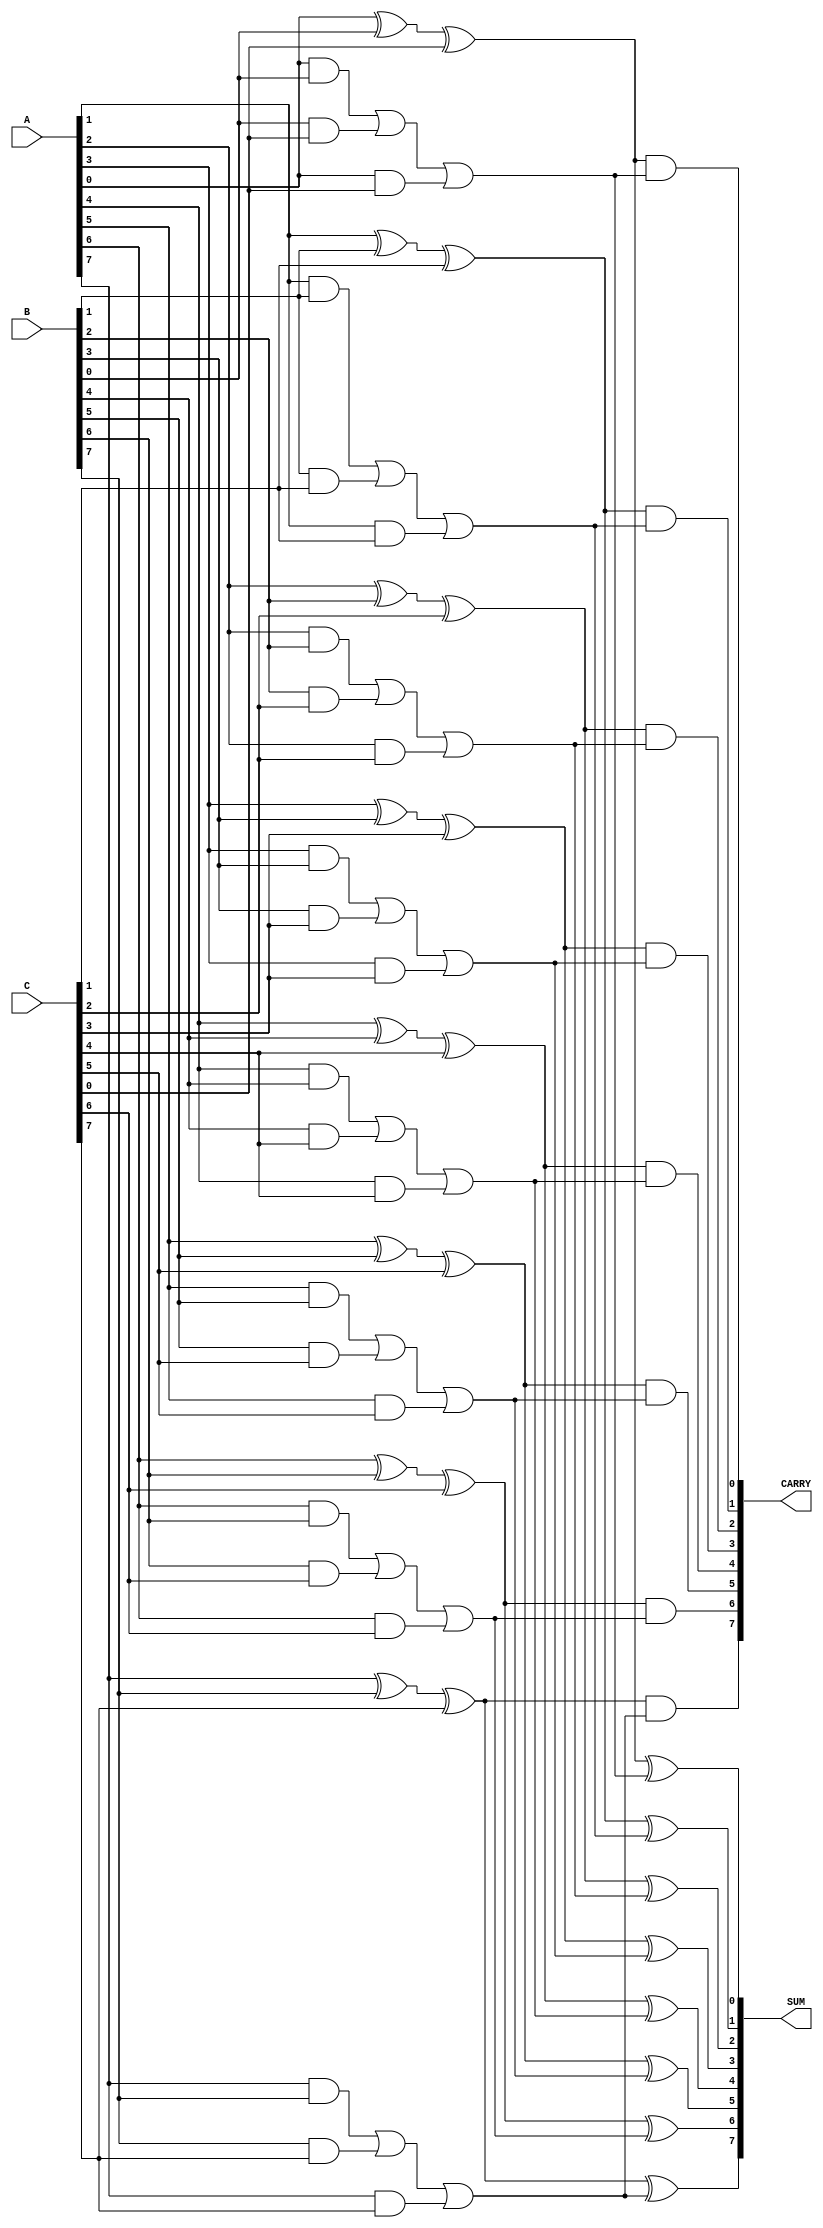
module MultiLevelCSA #(
    parameter WIDTH = 8, // Bit-width of input operands
    parameter LEVELS = 2 // Number of carry save levels
)(
    input [WIDTH-1:0] A,
    input [WIDTH-1:0] B,
    input [WIDTH-1:0] C,
    output [WIDTH-1:0] SUM,
    output [WIDTH-1:0] CARRY
);

    // Intermediate wires for sum and carry
    wire [WIDTH-1:0] sum_lvl1;
    wire [WIDTH-1:0] carry_lvl1;
    
    wire [WIDTH-1:0] sum_lvl2;
    wire [WIDTH-1:0] carry_lvl2;

    // Level 1: Compute sum and carry for A, B, C
    generate
        genvar i;
        for (i = 0; i < WIDTH; i = i + 1) begin : lvl1
            assign sum_lvl1[i] = A[i] ^ B[i] ^ C[i]; // Sum is XOR of all inputs
            assign carry_lvl1[i] = (A[i] & B[i]) | (B[i] & C[i]) | (A[i] & C[i]); // Carry is result of ANDs
        end
    endgenerate

    // Level 2: Compute sum and carry for next stages
    generate
        for (i = 0; i < WIDTH; i = i + 1) begin : lvl2
            // Here, sum_lvl1 and carry_lvl1 can be assumed to be added with additional inputs if needed
            assign sum_lvl2[i] = sum_lvl1[i] ^ carry_lvl1[i]; // Sum is XOR with carry from level 1
            assign carry_lvl2[i] = sum_lvl1[i] & carry_lvl1[i]; // Carry from level 1
        end
    endgenerate

    // Final stage: Combine results from level 2 (if necessary, can add more levels)
    assign SUM = sum_lvl2;
    assign CARRY = carry_lvl2;

endmodule